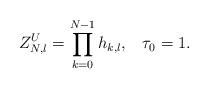
LaTeX: \begin{align*}Z_{N,l}^{U}=\prod_{k=0}^{N-1}h_{k,l},\;\;\;\tau_{0}=1.\end{align*}